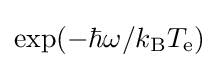
\exp(-\hbar \omega /k_{\rm {B}}T_{\text{e}})